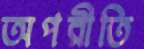
অপরীতি